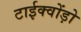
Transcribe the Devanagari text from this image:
टाईक्वोंड़ो